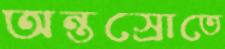
অন্তস্রোতে